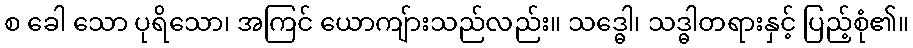
စ ခေါ သော ပုရိသော၊ အကြင် ယောကျ်ားသည်လည်း။ သဒ္ဓေါ၊ သဒ္ဓါတရားနှင့် ပြည့်စုံ၏။